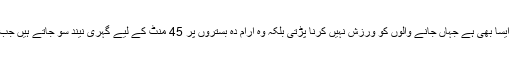
لندن(سٹیٹ ویوز) برطانیہ میں ایک فٹنس سینٹر ایسا بھی ہے جہاں جانے والوں کو ورزش نہیں کرنا پڑتی بلکہ وہ آرام دہ بستروں پر 45 منٹ کے لیے گہری نیند سو جاتے ہیں جب کہ اس عمل کو ’’نیپرسائز‘‘ کا نام دیا جاتا ہے۔